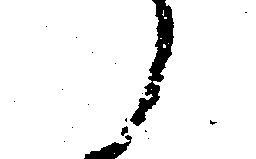
候